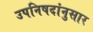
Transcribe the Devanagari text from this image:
उपनिषदांनुसार